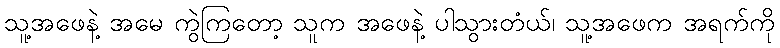
သူ့အဖေနဲ့ အမေ ကွဲကြတော့ သူက အဖေနဲ့ ပါသွားတံယ်၊ သူ့အဖေက အရက်ကို